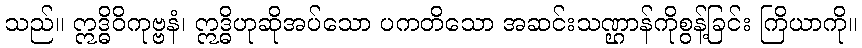
သည်။ ဣဒ္ဓိဝိကုဗ္ဗနံ၊ ဣဒ္ဓိဟုဆိုအပ်သော ပကတိသော အဆင်းသဏ္ဌာန်ကိုစွန့်ခြင်း ကြိယာကို။